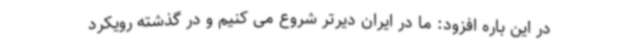
در این باره افزود: ما در ایران دیرتر شروع می کنیم و در گذشته رویکرد